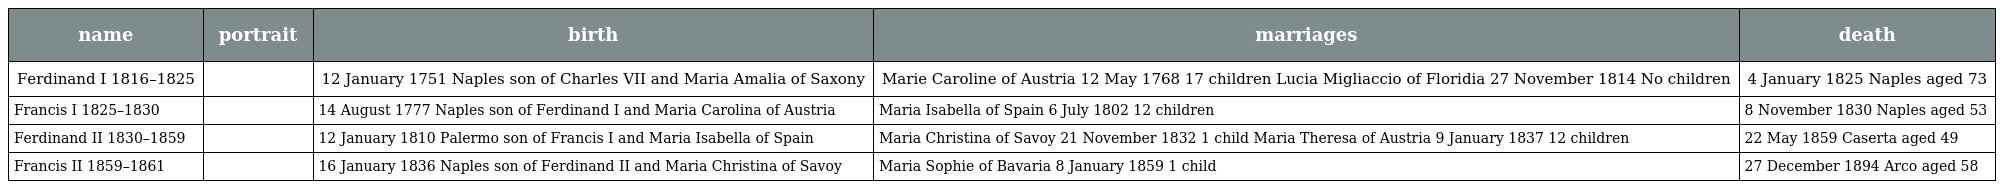
| name | portrait | birth | marriages | death |
 | --- | --- | --- | --- | --- |
 | Ferdinand I 1816–1825 |  | 12 January 1751 Naples son of Charles VII and Maria Amalia of Saxony | Marie Caroline of Austria 12 May 1768 17 children Lucia Migliaccio of Floridia 27 November 1814 No children | 4 January 1825 Naples aged 73 |
 | Francis I 1825–1830 |  | 14 August 1777 Naples son of Ferdinand I and Maria Carolina of Austria | Maria Isabella of Spain 6 July 1802 12 children | 8 November 1830 Naples aged 53 |
 | Ferdinand II 1830–1859 |  | 12 January 1810 Palermo son of Francis I and Maria Isabella of Spain | Maria Christina of Savoy 21 November 1832 1 child Maria Theresa of Austria 9 January 1837 12 children | 22 May 1859 Caserta aged 49 |
 | Francis II 1859–1861 |  | 16 January 1836 Naples son of Ferdinand II and Maria Christina of Savoy | Maria Sophie of Bavaria 8 January 1859 1 child | 27 December 1894 Arco aged 58 |